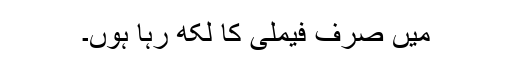
میں صرف فیملی کا لکھ رہا ہوں۔